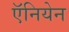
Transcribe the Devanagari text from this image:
ऍनियेन